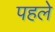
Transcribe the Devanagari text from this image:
पहलेे